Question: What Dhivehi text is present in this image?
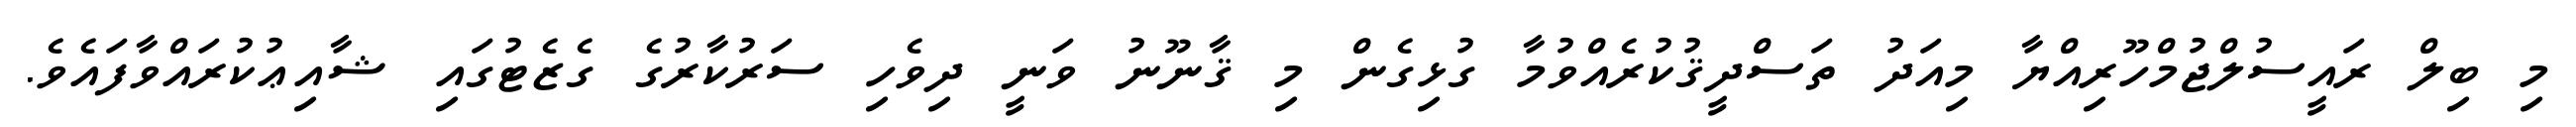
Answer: މި ބިލް ރައީސުލްޖުމްހޫރިއްޔާ މިއަދު ތަސްދީޤުކުރެއްވުމާ ގުޅިގެން މި ޤާނޫނު ވަނީ ދިވެހި ސަރުކާރުގެ ގެޒެޓުގައި ޝާއިޢުކުރައްވާފައެވެ.